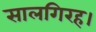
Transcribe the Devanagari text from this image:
सालगिरह।